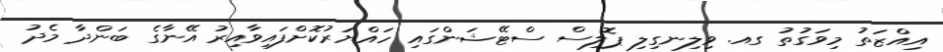
އިއްޒަތު މިވަގުތު ގއ. ވިލިނގިލި ޕޮލިސް ސްޓޭޝަންގައި ހައްޔަރުކޮށްފައިވާއިރު އޭނާގެ ބަންދާ މެދު